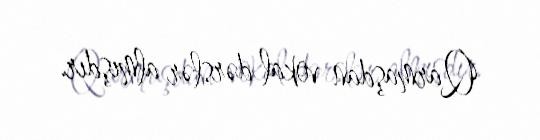
Qarmaşdan vokal dərslər almışdır.